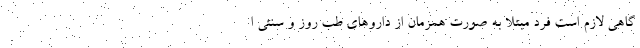
گاهی لازم است فرد مبتلا به صورت همزمان از داروهای طب روز و سنتی ا